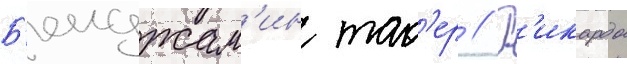
Б'енджам'ин так'ер // Р'икардо